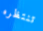
تنتظره